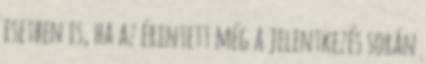
esetben is, ha az érintett még a jelentkezés során